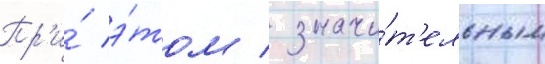
Пр'и́ э́том / значи́т'ельным